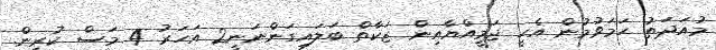
މުއަދަތު ހަމަވުމުން އެހީ ޖަމީއްޔާއިން ޒަކާތް ބަލައިގަންނަނީ2 އަހަރު 4 މަސް ކުރިން.